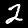
Label: 2